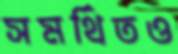
সমর্থিতও